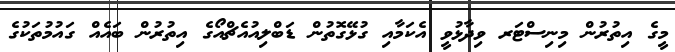
މީގެ އިތުުރުން މިނިސްޓަރ ވިދާޅުވީ އެކަމާއި ގުޅޭގޮތުން ޑަބްލިއުއެޗްއޯގެ އިތުރުން ބައެއް ގައުމުތަކުގެ